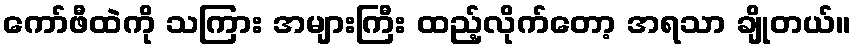
ကော်ဖီထဲကို သကြား အများကြီး ထည့်လိုက်တော့ အရသာ ချိုတယ်။